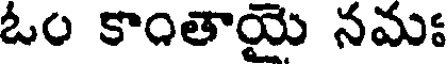
ఓం కాంతాయై నమః